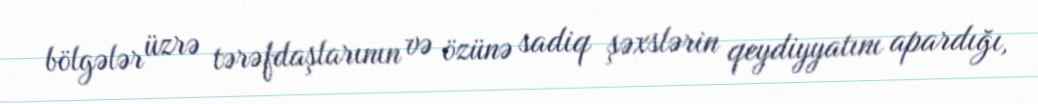
bölgələr üzrə tərəfdaşlarının və özünə sadiq şəxslərin qeydiyyatını apardığı,